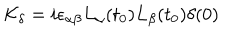
LaTeX: { \cal K } _ { \delta } = i \epsilon _ { \alpha \beta } L _ { \alpha } ( t _ { 0 } ) L _ { \beta } ( t _ { 0 } ) \delta ( 0 )